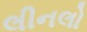
લીનલો